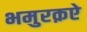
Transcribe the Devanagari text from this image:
भमुरक़ऐ